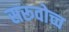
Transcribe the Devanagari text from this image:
सरूवोच्च